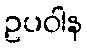
ဥပဝါန